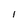
Character: 1